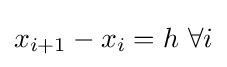
x_{i+1}-x_{i}=h\ \forall i